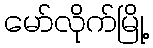
မော်လိုက်မြို့